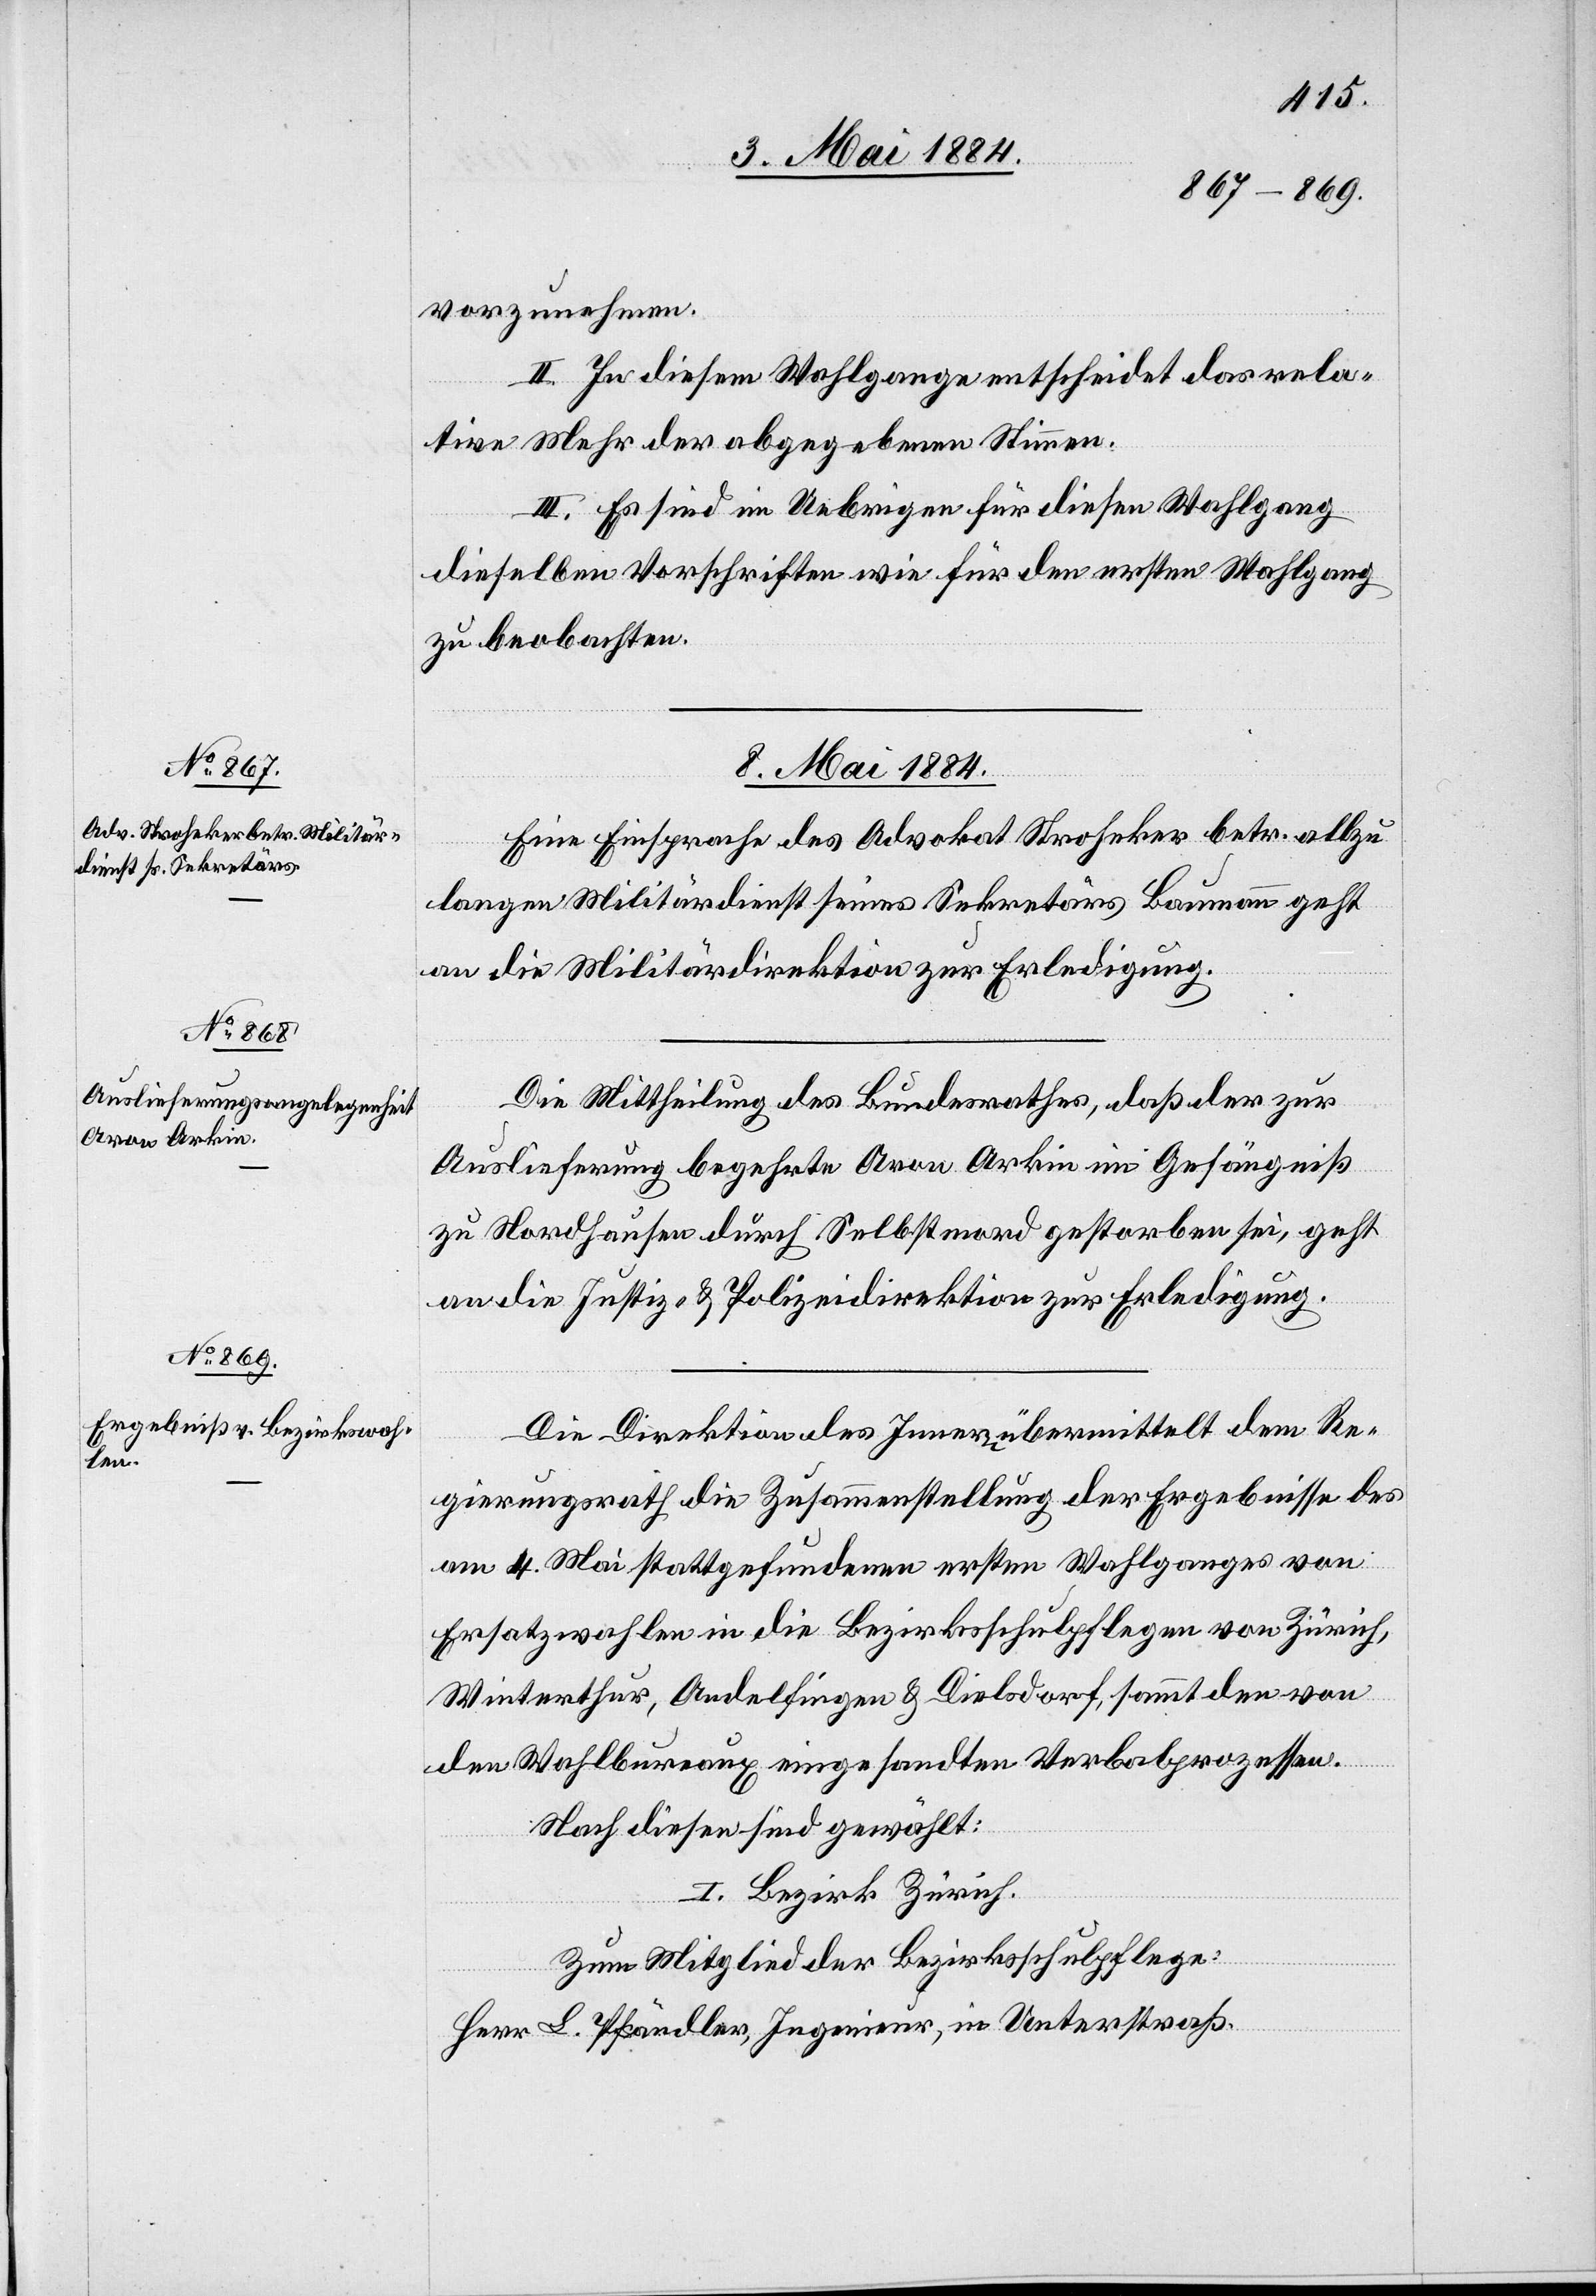
gen

vorzunehmen.
II. In diesem Wahlgange entscheidet das rela¬
tive Mehr der abgegebenen Stimmen.
III. Es sind im Uebrigen für diesen Wahlgang
dieselben Vorschriften wie für den ersten Wahlgang
zu beobachten.
8. Mai 1884.]
Eine Einsprache des Advokat Stroheker betr. allzu
an die Militärdirektion zur Erledigung.
Die Mittheilung des Bundesrathes, daß der zur
Auslieferung begehrte Aron Arkin im Gefängniß
zu Nordhausen durch Selbstmord gestorben sei, geht
an die Justiz- & Polizeidirektion zur Erledigung.
Die Direktion des Innern übermittelt dem Re¬
gierungsrath die Zusammenstellung der Ergebnisse des
am 4. Mai stattgefundenen ersten Wahlganges von
Ersatzwahlen in die Bezirksschulpflege von Zürich,
Winterthur, Andelfingen & Dielsdorf, sammt den von
den Wahlbureaux eingesandten Verbalprozessen.
Nach diesen sind gewählt:
I. Bezirk Zürich.
Zum Mitglied der Bezirksschulpflege:
Herr L. Pfändler, Ingenieur, in Unterstraß.